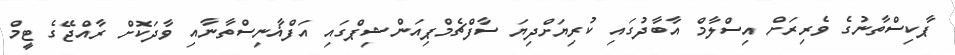
ޕާކިސްތާނުގެ ވެރިރަށް އިސްލާމް އާބާދުގައި ކުރިޔަށްދިޔަ ސާފްޗެމްޕިއަންޝިޕްގައި އަފްޣާނިސްތާނާއި ވާދަކޮށް ރާއްޖޭގެ ޓީމް